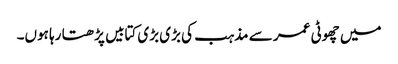
میں چھوٹی عمر سے مذہب کی بڑی بڑی کتابیں پڑھتا رہا ہوں۔